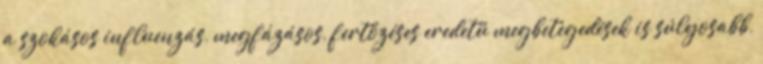
a szokásos influenzás, megfázásos, fertőzéses eredetű megbetegedések is súlyosabb,